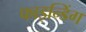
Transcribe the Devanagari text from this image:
फाइन्डिंग